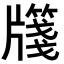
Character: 𭷎